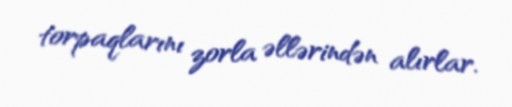
torpaqlarını zorla əllərindən alırlar.